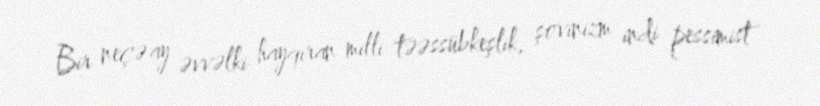
Bir neçə ay əvvəlki hayqıran milli təəssübkeşlik, şovinizm indi pessimist